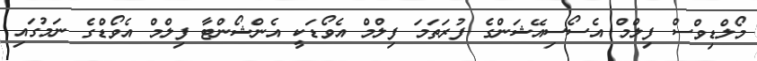
މޯލްޑިވްސް ފިލްމް އެސޯސިއޭޝަންގެ ފުރަތަމަ ފިލްމް އެވޯޑަކީ އެންޝޯންޓާ ފިލްމް އެވޯޑްގެ ނަމުގައި